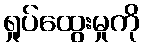
ရှုပ်ထွေးမှုကို